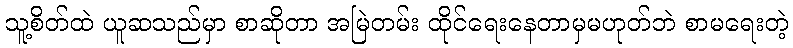
သူ့စိတ်ထဲ ယူဆသည်မှာ စာဆိုတာ အမြဲတမ်း ထိုင်ရေးနေတာမှမဟုတ်ဘဲ စာမရေးတဲ့